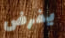
يفرض